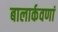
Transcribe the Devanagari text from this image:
बालार्कवणां